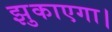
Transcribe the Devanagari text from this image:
झुकाएगा।